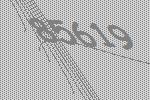
85619